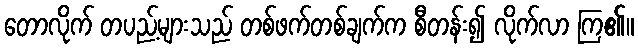
တောလိုက် တပည့်များသည် တစ်ဖက်တစ်ချက်က စီတန်း၍ လိုက်လာ ကြ၏။